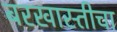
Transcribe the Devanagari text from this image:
बरखास्तीचा